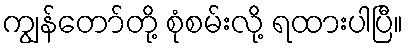
ကျွန်တော်တို့ စုံစမ်းလို့ ရထားပါပြီ။